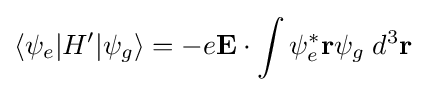
\langle \psi _{e}|H'|\psi _{g}\rangle =-e\mathbf {E} \cdot \int \psi _{e}^{*}\mathbf {r} \psi _{g}\;d^{3}\mathbf {r}